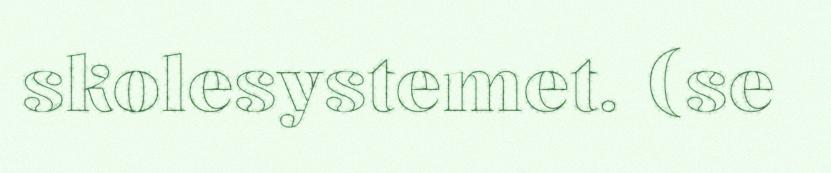
skolesystemet. (se